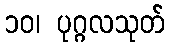
၁၀၊ ပုဂ္ဂလသုတ်